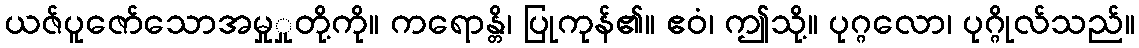
ယဇ်ပူဇော်သောအမှုှုတို့ကို။ ကရောန္တိ၊ ပြုကုန်၏။ ဧဝံ၊ ဤသို့။ ပုဂ္ဂလော၊ ပုဂ္ဂိုလ်သည်။